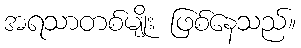
အရသာတစ်မျိုး ဖြစ်နေသည်။